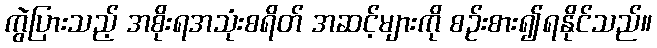
ကွဲပြားသည့် အစိုးရအသုံးစရိတ် အဆင့်များကို စဉ်းစား၍ရနိုင်သည်။